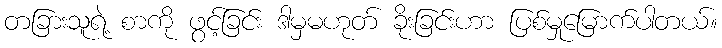
တခြားသူရဲ့ စာကို ဖွင့်ခြင်း ဒါမှမဟုတ် ခိုးခြင်းဟာ ပြစ်မှုမြောက်ပါတယ်။